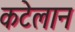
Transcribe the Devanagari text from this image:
कटेलान